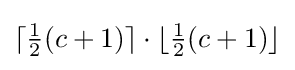
\lceil {\tfrac {1}{2}}(c+1)\rceil \cdot \lfloor {\tfrac {1}{2}}(c+1)\rfloor